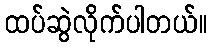
ထပ်ဆွဲလိုက်ပါတယ်။